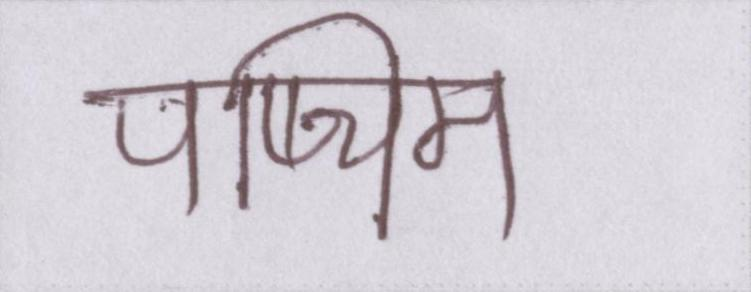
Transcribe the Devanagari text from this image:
पष्चिम